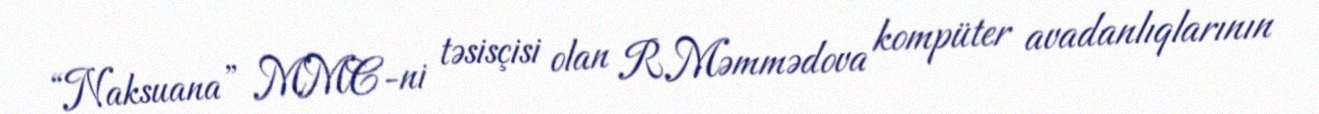
“Naksuana” MMC-ni təsisçisi olan R.Məmmədova kompüter avadanlıqlarının